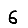
Digit: 6